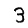
Digit: 3